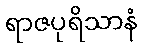
ရာဇပုရိသာနံ